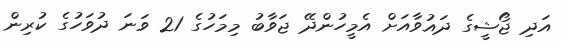
އަދި ޖޯޝީގެ ދައުވާއަށް އެމީހުންދޭ ޖަވާބު މިމަހުގެ 21 ވަނަ ދުވަހުގެ ކުރިން